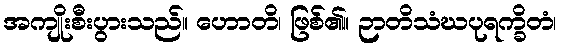
အကျိုးစီးပွားသည်။ ဟောတိ၊ ဖြစ်၏။ ဉာတိသံဃပုရက္ခိတံ၊